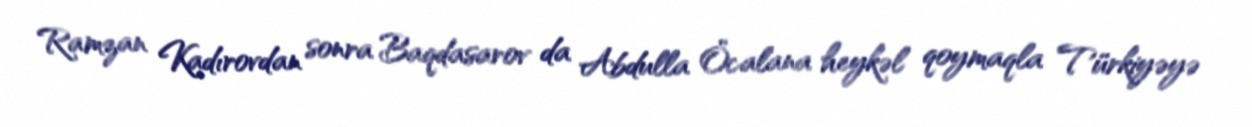
Ramzan Kadırovdan sonra Baqdasarov da Abdulla Öcalana heykəl qoymaqla Türkiyəyə